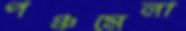
পঞ্চমেলা